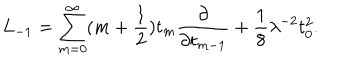
L _ { - 1 } = \sum _ { m = 0 } ^ { \infty } ( m + \frac { 1 } { 2 } ) t _ { m } \frac { \partial } { \partial t _ { m - 1 } } + \frac { 1 } { 8 } \lambda ^ { - 2 } t _ { 0 } ^ { 2 } .